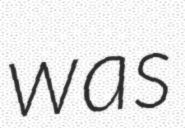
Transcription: was